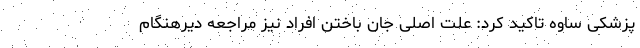
پزشکی ساوه تاکید کرد: علت اصلی جان باختن افراد نیز مراجعه دیرهنگام